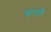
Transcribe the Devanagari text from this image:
झाझी